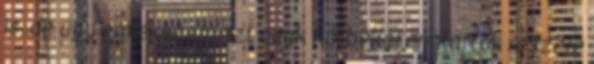
is, de úgy emlékszem azt csak női békefenntartók részére